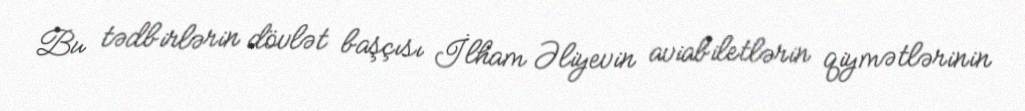
Bu tədbirlərin dövlət başçısı İlham Əliyevin aviabiletlərin qiymətlərinin